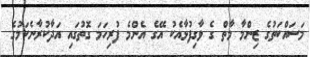
މަސައްކަތުގެ ޒިންމާ މާތް ގެ ވާގިފުޅާއެކު އޭގެ އެންމެ ފުރިހަމަ ގޮތުގައި އަދާކުރާނެކަމުގެ